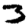
Digit: 3